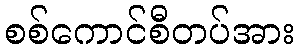
စစ်ကောင်စီတပ်အား